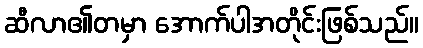
ဆီလာ၏တမှာ အောက်ပါအတိုင်းဖြစ်သည်။